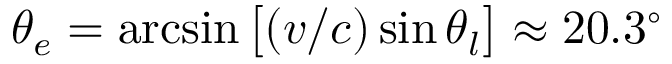
\theta _ { e } = \arcsin \big [ ( v / c ) \sin \theta _ { l } \big ] \approx 2 0 . 3 ^ { \circ }